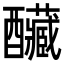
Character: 𨤃